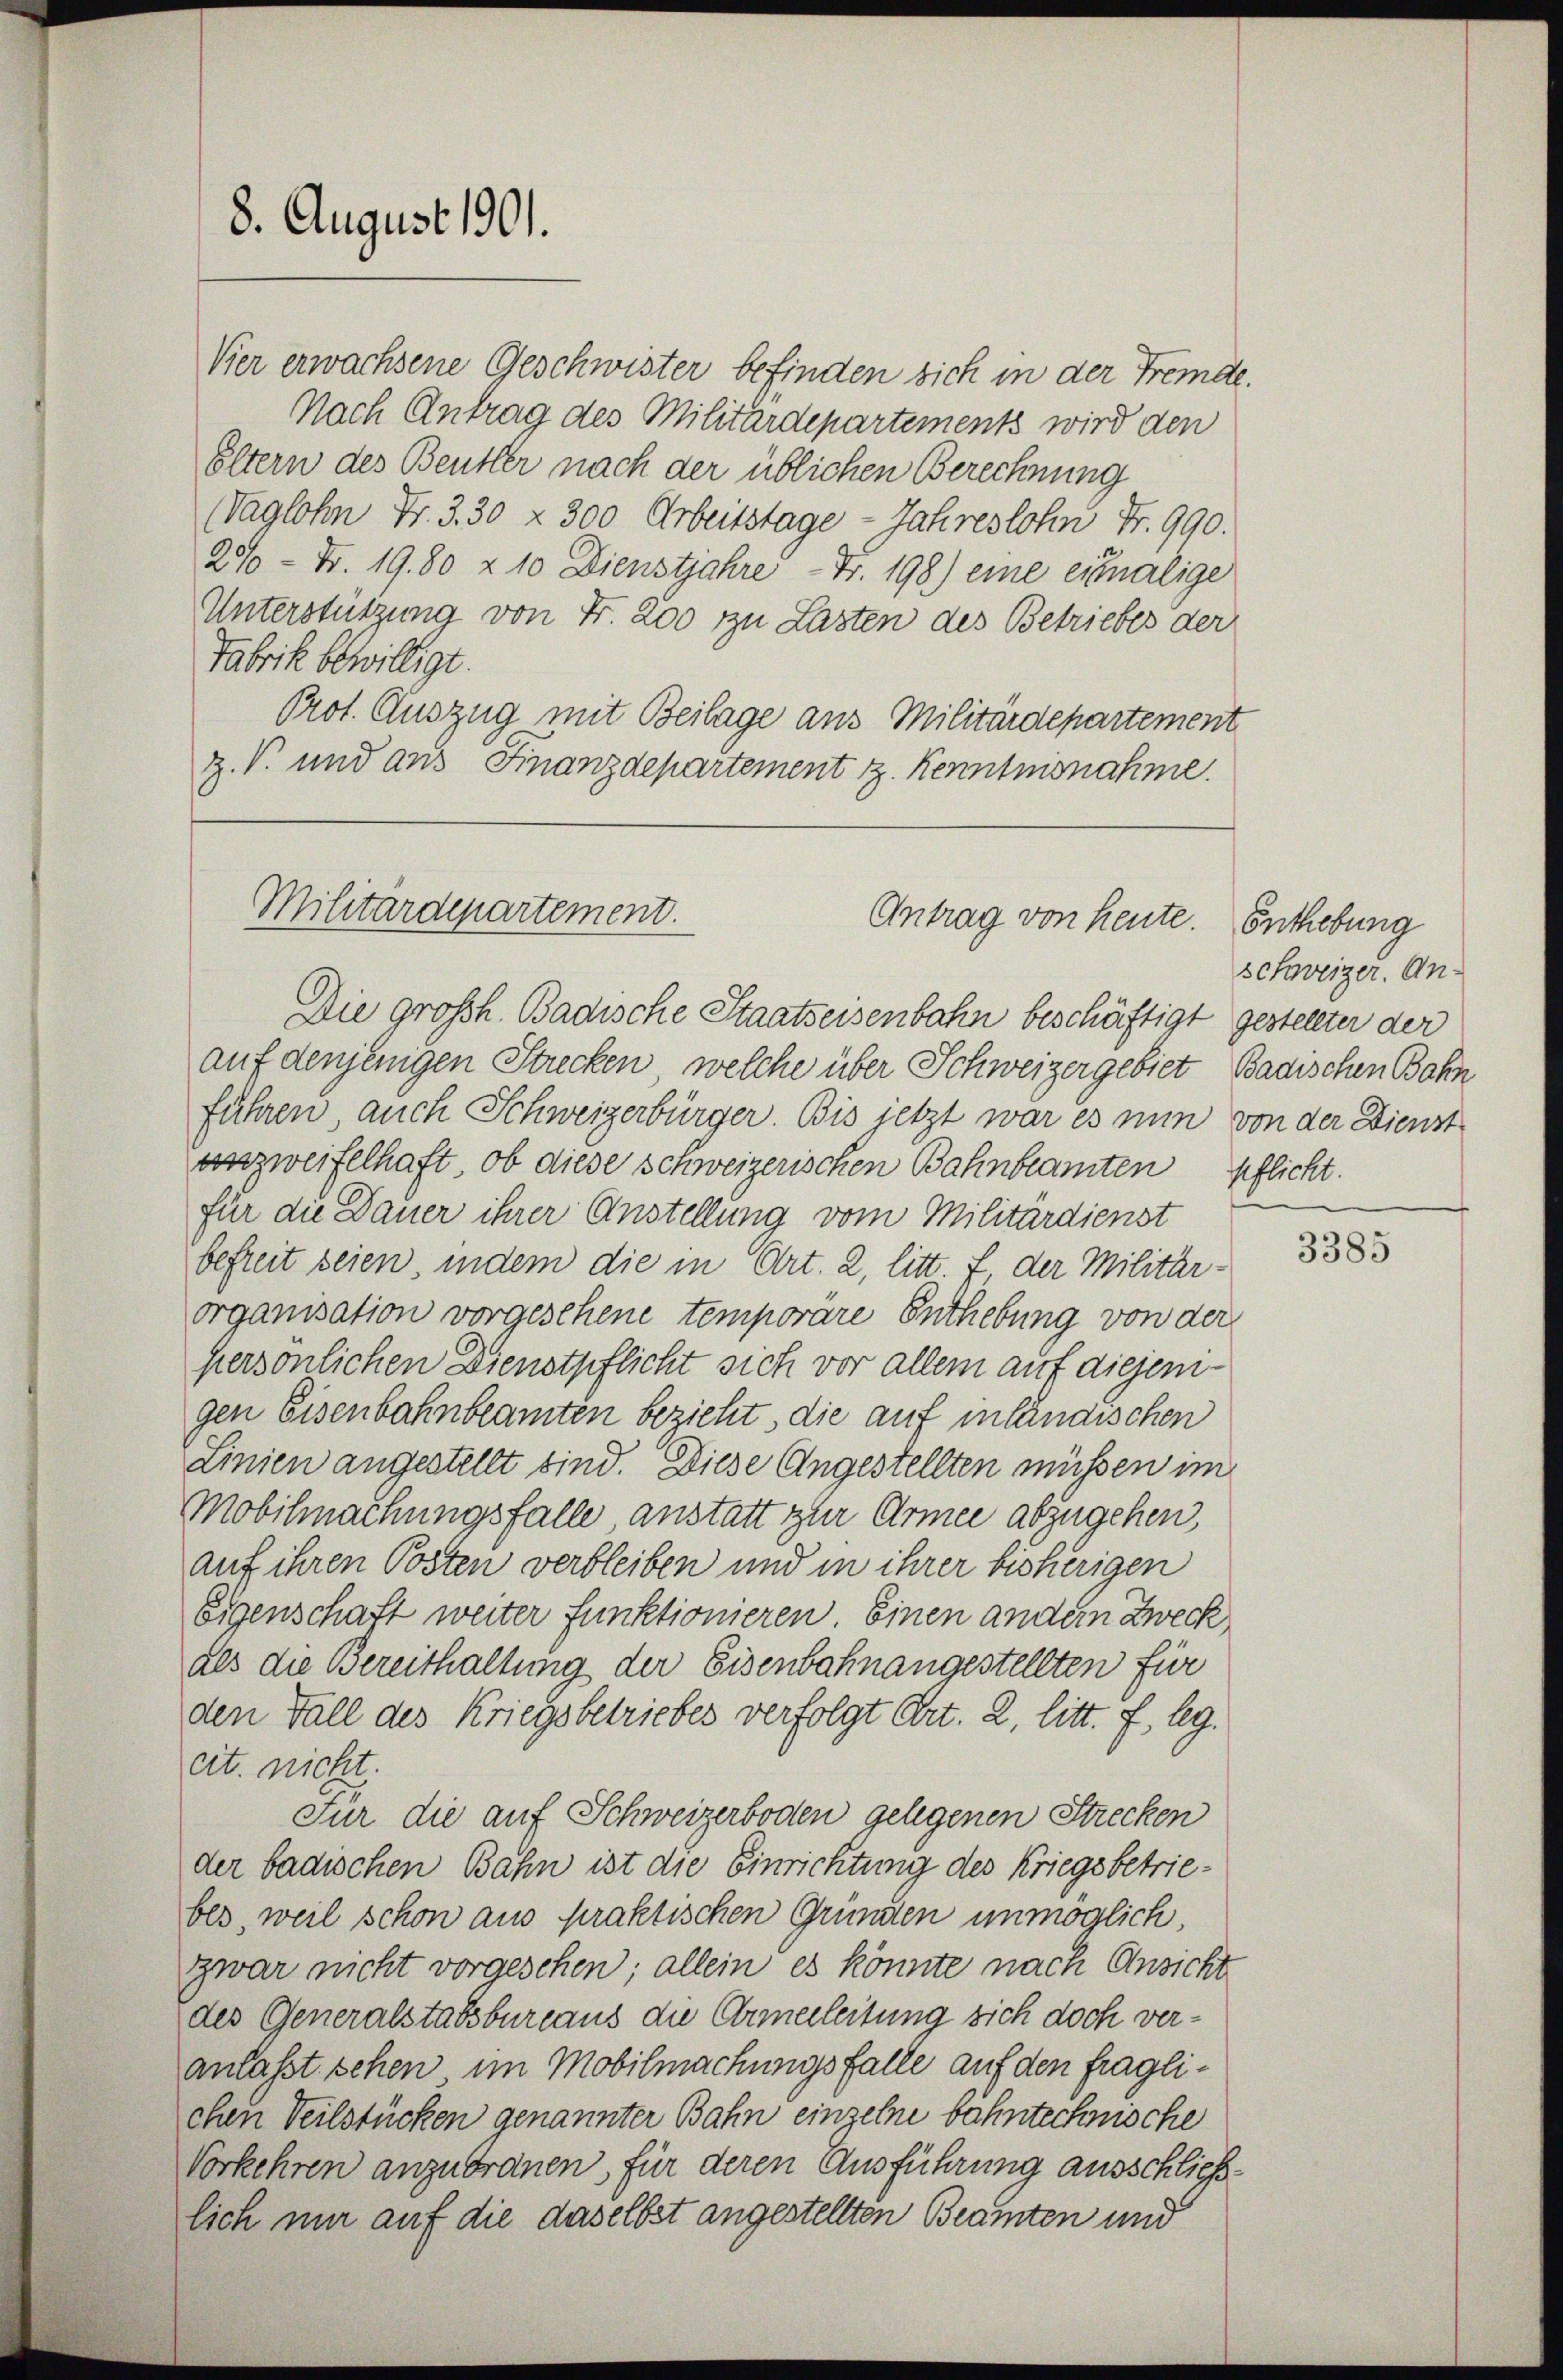
8. August 1901.

Vier erwachsene Geschwister befinden sich in der Fremde.
Nach Antrag des Militärdepartements wird den
Eltern des Beutter nach der üblichen Berechnung
Waglohn Fr. 330 f 300 Arbeitstage - Jahreslohn Fr. 990.
2% - Fr. 19. 80 & 10 Dienstjahre Fr. 198) eine eimalige
Unterstützung von Fr. 200 zu Lasten des Betriebes der
Fabrik bewilligt.
Prot. Auszug mit Beilage aus Militärdepartement
Z. V. und aus Finanzdepartement z. Kenntnisnahme

Militärdepartement.
Antrag von heute. Enthebung

Die großh. Badische Staatseisenbahn beschäftigt gestellter der
auf denjenigen Strecken, welche über Schweizergebiet Badischen Bahn
führen auch Schweizerbürger. Bis jetzt war es nun von der Dienst
anzweifelhaft, ob diese schweizerischen Bahnbeamten pflicht.
für die Dauer ihrer Anstellung vom Militärdienst
befreit seien, indem die in Art. 2, litt. f, der Militärorganisation vorgesehene temporäre Enthebung von der
persönlichen Dienstpflicht sich vor allem auf diejenigen Eisenbahnbeamten bezieht, die auf inländischen
Linien angestellt sind. Diese Angestellten müssen im
Mobilmachungsfalle anstatt zur Armee abzugehen,
auf ihren Posten verbleiben und in ihrer bisherigen
Eigenschaft weiter funktionieren. Einen andern Zweck,
als die Bereithaltung der Eisenbahnangestellten für
den Fall des Kriegsbetriebes verfolgt Art. 2, litt. f, leg.
cit. nicht.
Für die auf Schweizerboden gelegenen Strecken
der badischen Bahn ist die Einrichtung des Kriegsbetriebes, weil schon aus praktischen Gründen unmöglich,
zwar nicht vorgesehen; allein es könnte nach Ansicht
des Generalstabsbureaus die Armerleitung sich doch veranlasst sehen im Mobilmachungsfalle auf den fraglichen Teilstücken genannter Bahn einzelne bahntechnische
Vorkehren anzutrauen, für deren Ausführung ausschließlich nur auf die daselbst angestellten Beamten und

schweizer. An¬

3385